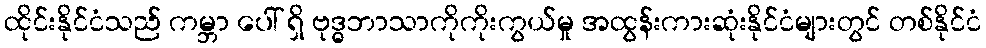
ထိုင်းနိုင်ငံသည် ကမ္ဘာ ပေါ် ရှိ ဗုဒ္ဓဘာသာကိုကိုးကွယ်မှု အထွန်းကားဆုံးနိုင်ငံများတွင် တစ်နိုင်ငံ